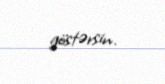
göstərsin.